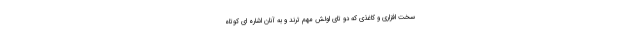
سخت افزاری و کاغذی که دو تای اولش مهم ترند و به آنان اشاره ای کوتاه